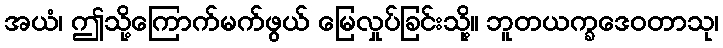
အယံ၊ ဤသို့ကြောက်မက်ဖွယ် မြေလှုပ်ခြင်းသို့။ ဘူတယက္ခဒေဝတာသု၊